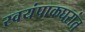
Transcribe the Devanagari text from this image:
स्वयंपाकघरांत